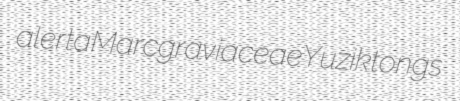
alerta Marcgraviaceae Yuzik tongs